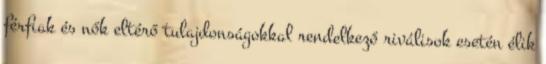
férﬁak és nők eltérő tulajdonságokkal rendelkező riválisok esetén élik